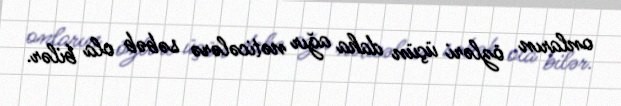
onların özləri üçün daha ağır nəticələrə səbəb ola bilər.